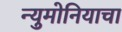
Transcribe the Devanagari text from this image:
न्युमोनियाचा